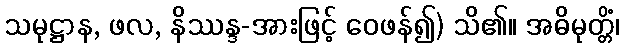
သမုဋ္ဌာန, ဖလ, နိဿန္ဒ-အားဖြင့် ဝေဖန်၍) သိ၏။ အဓိမုတ္တိံ၊